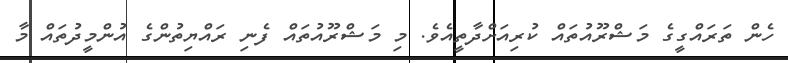
ހެން ތަރައްގީގެ މަޝްރޫއުތައް ކުރިއަށްދާތީއެވެ. މި މަޝްރޫއުތައް ފެނި ރައްޔިތުންގެ އުންމީދުތައް މާ